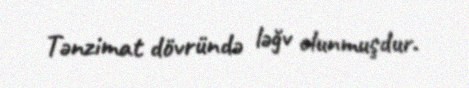
Tənzimat dövründə ləğv olunmuşdur.